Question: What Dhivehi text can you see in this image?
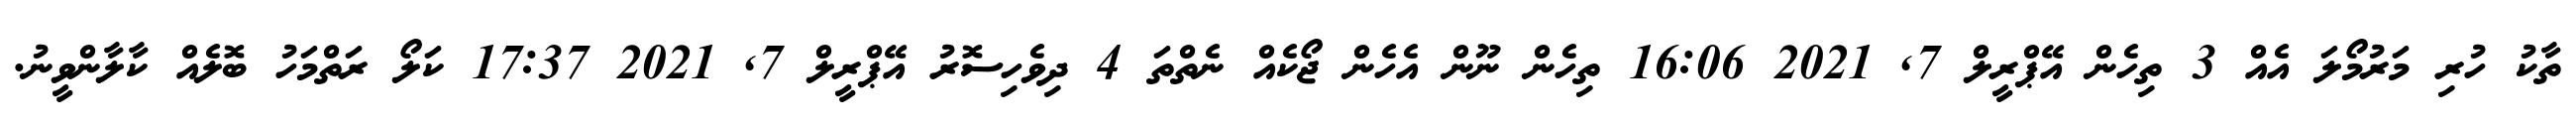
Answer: ތާކު ހުރި މަރުމޯލަ އެއް 3 ތިހެން އޭޕްރީލް 7, 2021 16:06 ތިހެން ނޫން އެހެން ޖޯކެއް ނެތްތަ 4 ދިވެހިސޮރު އޭޕްރީލް 7, 2021 17:37 ކަލޯ ރަތްމަހު ބޮލެއް ކާލާންވީނު.